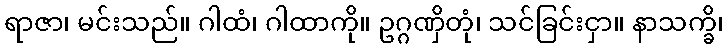
ရာဇာ၊ မင်းသည်။ ဂါထံ၊ ဂါထာကို။ ဥဂ္ဂဏှိတုံ၊ သင်ခြင်းငှာ။ နာသက္ခိ၊